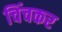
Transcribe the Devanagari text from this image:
चिंचकर